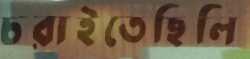
চরাইতেছিলি